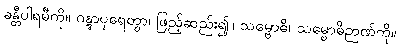
ခန္တီပါရမီကို။ ဂန္တွာပုရေတွာ၊ ဖြည့်ဆည်း၍။ သမ္ဗောဓိ၊ သမ္ဗောဓိဉာဏ်ကို။